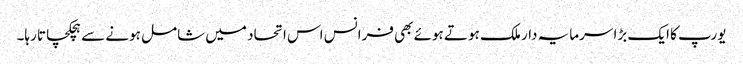
یورپ کا ایک بڑا سرمایہ دار ملک ہوتے ہوئے بھی فرانس اس اتحاد میں شامل ہونے سے ہچکچاتا رہا۔